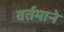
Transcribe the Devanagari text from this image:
वर्तमाने